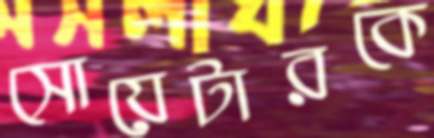
সোয়েটারকে